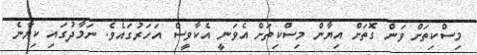
މިސްކިތަށް ވަން ގޮތަށް އިޔާން މިސްކިތަށް އެވަނީ އެކާވީސް އަހަރުގައެވެ. ނަމާދުގައި ކިޔާނެ